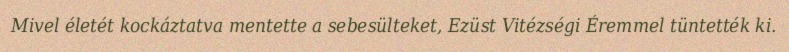
Mivel életét kockáztatva mentette a sebesülteket, Ezüst Vitézségi Éremmel tüntették ki.